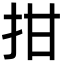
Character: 拑